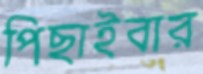
পিছাইবার